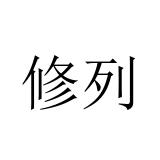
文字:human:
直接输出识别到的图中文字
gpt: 修列